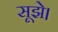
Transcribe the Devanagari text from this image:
सूझे।